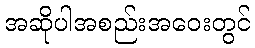
အဆိုပါအစည်းအဝေးတွင်